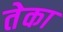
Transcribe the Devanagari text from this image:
तेका